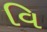
વિ